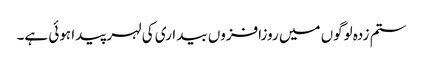
ستم زدہ لوگوں میں روزافزوں بیداری کی لہر پیدا ہوئی ہے۔